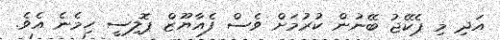
އަދި މި ޕެކޭޖު ބޭނުން ކުރުމަށް ވެސް ފެއާޔޫޒް ޕޮލިސީ ހިމެނެ އެވެ.